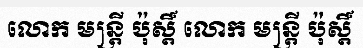
លោក មន្ត្រី ប៉ុស្តិ៍ លោក មន្ត្រី ប៉ុស្តិ៍